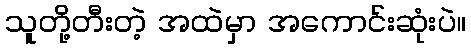
သူတို့တီးတဲ့ အထဲမှာ အကောင်းဆုံးပဲ။